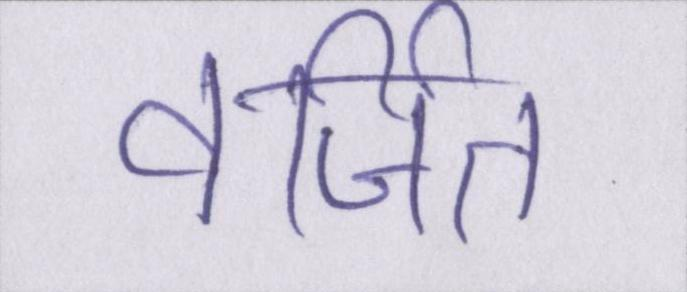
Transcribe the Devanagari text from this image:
वर्जित